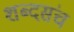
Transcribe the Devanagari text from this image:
शब्दसंच